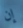
إن